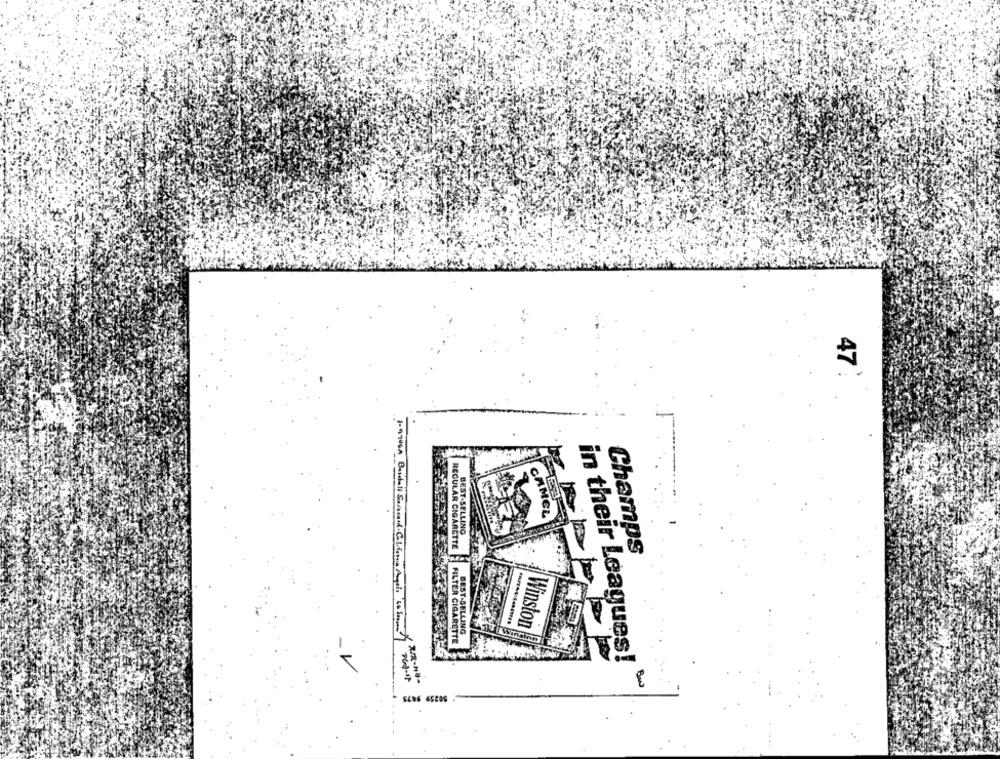
47
CAMEL
BEST-SELLING
REGULAR CIGARETTE
Champs
Winston
BEST-SELLING
Wirsing
FILTER CIGARETTE
in their Leagues!